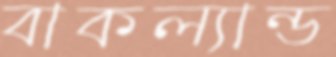
বাকল্যান্ড